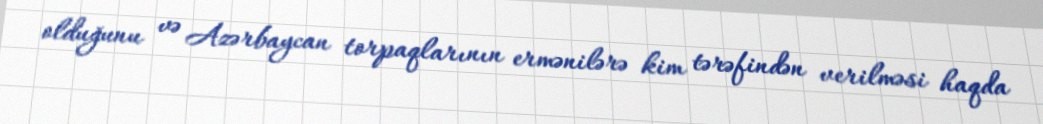
olduğunu və Azərbaycan torpaqlarının ermənilərə kim tərəfindən verilməsi haqda